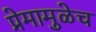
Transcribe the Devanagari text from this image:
प्रेमामुळेच